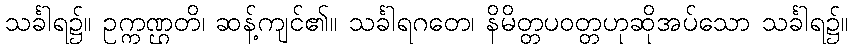
သင်္ခါရ၌။ ဥက္ကဏ္ဌတိ၊ ဆန့်ကျင်၏။ သင်္ခါရဂတေ၊ နိမိတ္တပဝတ္တဟုဆိုအပ်သော သင်္ခါရ၌။